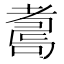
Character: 𦓆